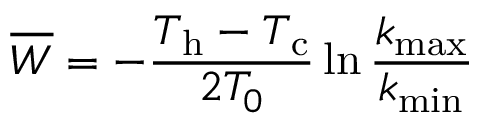
\overline { { W } } = - \frac { T _ { \mathrm { h } } - T _ { \mathrm { c } } } { 2 T _ { 0 } } \ln \frac { k _ { \mathrm { m a x } } } { k _ { \mathrm { m i n } } }